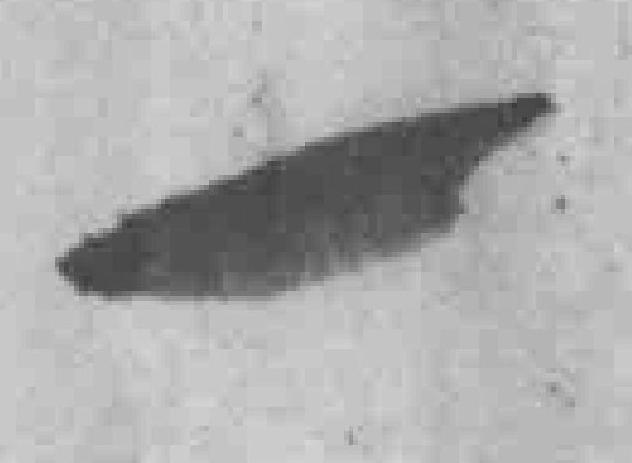
一